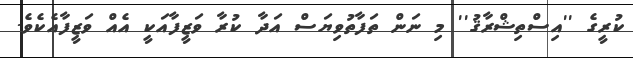
ކުރީގެ ''އިސްތިޝްރާޤު'' މި ނަން ތަފާތުވިޔަސް އަދާ ކުރާ ވަޒީފާއަކީ އެއް ވަޒީފާއެކެވެ.